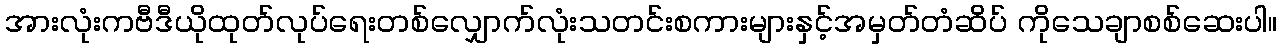
အားလုံးကဗီဒီယိုထုတ်လုပ်ရေးတစ်လျှောက်လုံးသတင်းစကားများနှင့်အမှတ်တံဆိပ် ကိုသေချာစစ်ဆေးပါ။